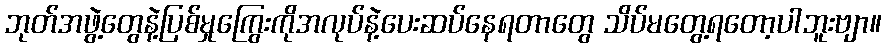
ဘုတ်အဖွဲ့တွေနဲ့ပြစ်မှုကြွေးကိုအလုပ်နဲ့ပေးဆပ်နေရတာတွေ သိပ်မတွေ့ရတော့ပါဘူးဗျာ။